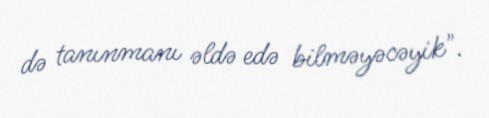
də tanınmanı əldə edə bilməyəcəyik".